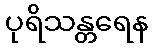
ပုရိသန္တရေန